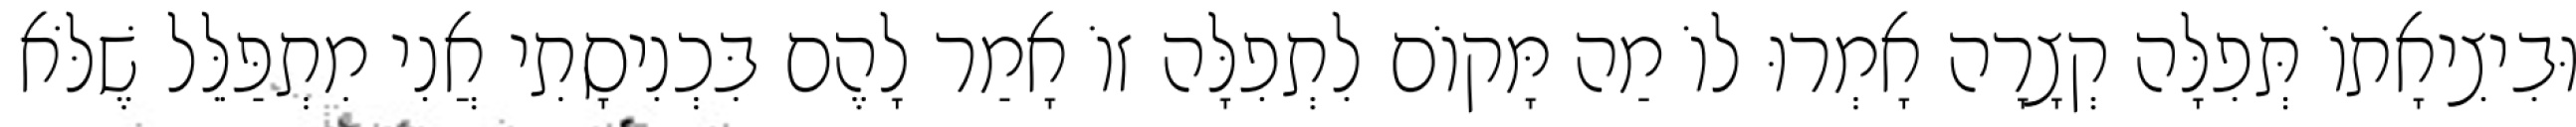
וּבִיצִיאָתוֹ תְּפִלָּה קְצָרָה אָמְרוּ לוֹ מַה מָּקוֹם לִתְפִלָּה זוֹ אָמַר לָהֶם בִּכְנִיסָתִי אֲנִי מִתְפַּלֵּל שֶׁלֹּא